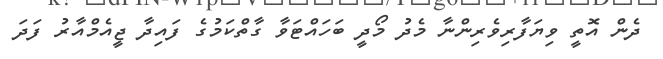
ދެން އޮތީ ވިޔަފާރިވެރިންނާ މެދު މޯދީ ބަހައްޓަވާ ގާތްކަމުގެ ފައިދާ ޖީއެމްއާރު ފަދަ